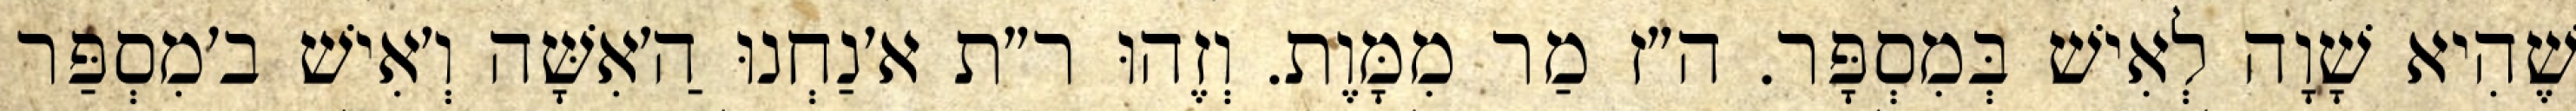
שֶׁהִיא שָׁוָה לְאִישׁ בְּמִסְפָּר. ה״ז מַר מִמָּוֶת. וְזֶהוּ ר״ת א׳נַחְנוּ הַ׳אִשָּׁה וְ׳אִישׁ ב׳מִסְפַּר